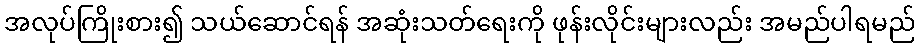
အလုပ်ကြိုးစား၍ သယ်ဆောင်ရန် အဆုံးသတ်ရေးကို ဖုန်းလိုင်းများလည်း အမည်ပါရမည်